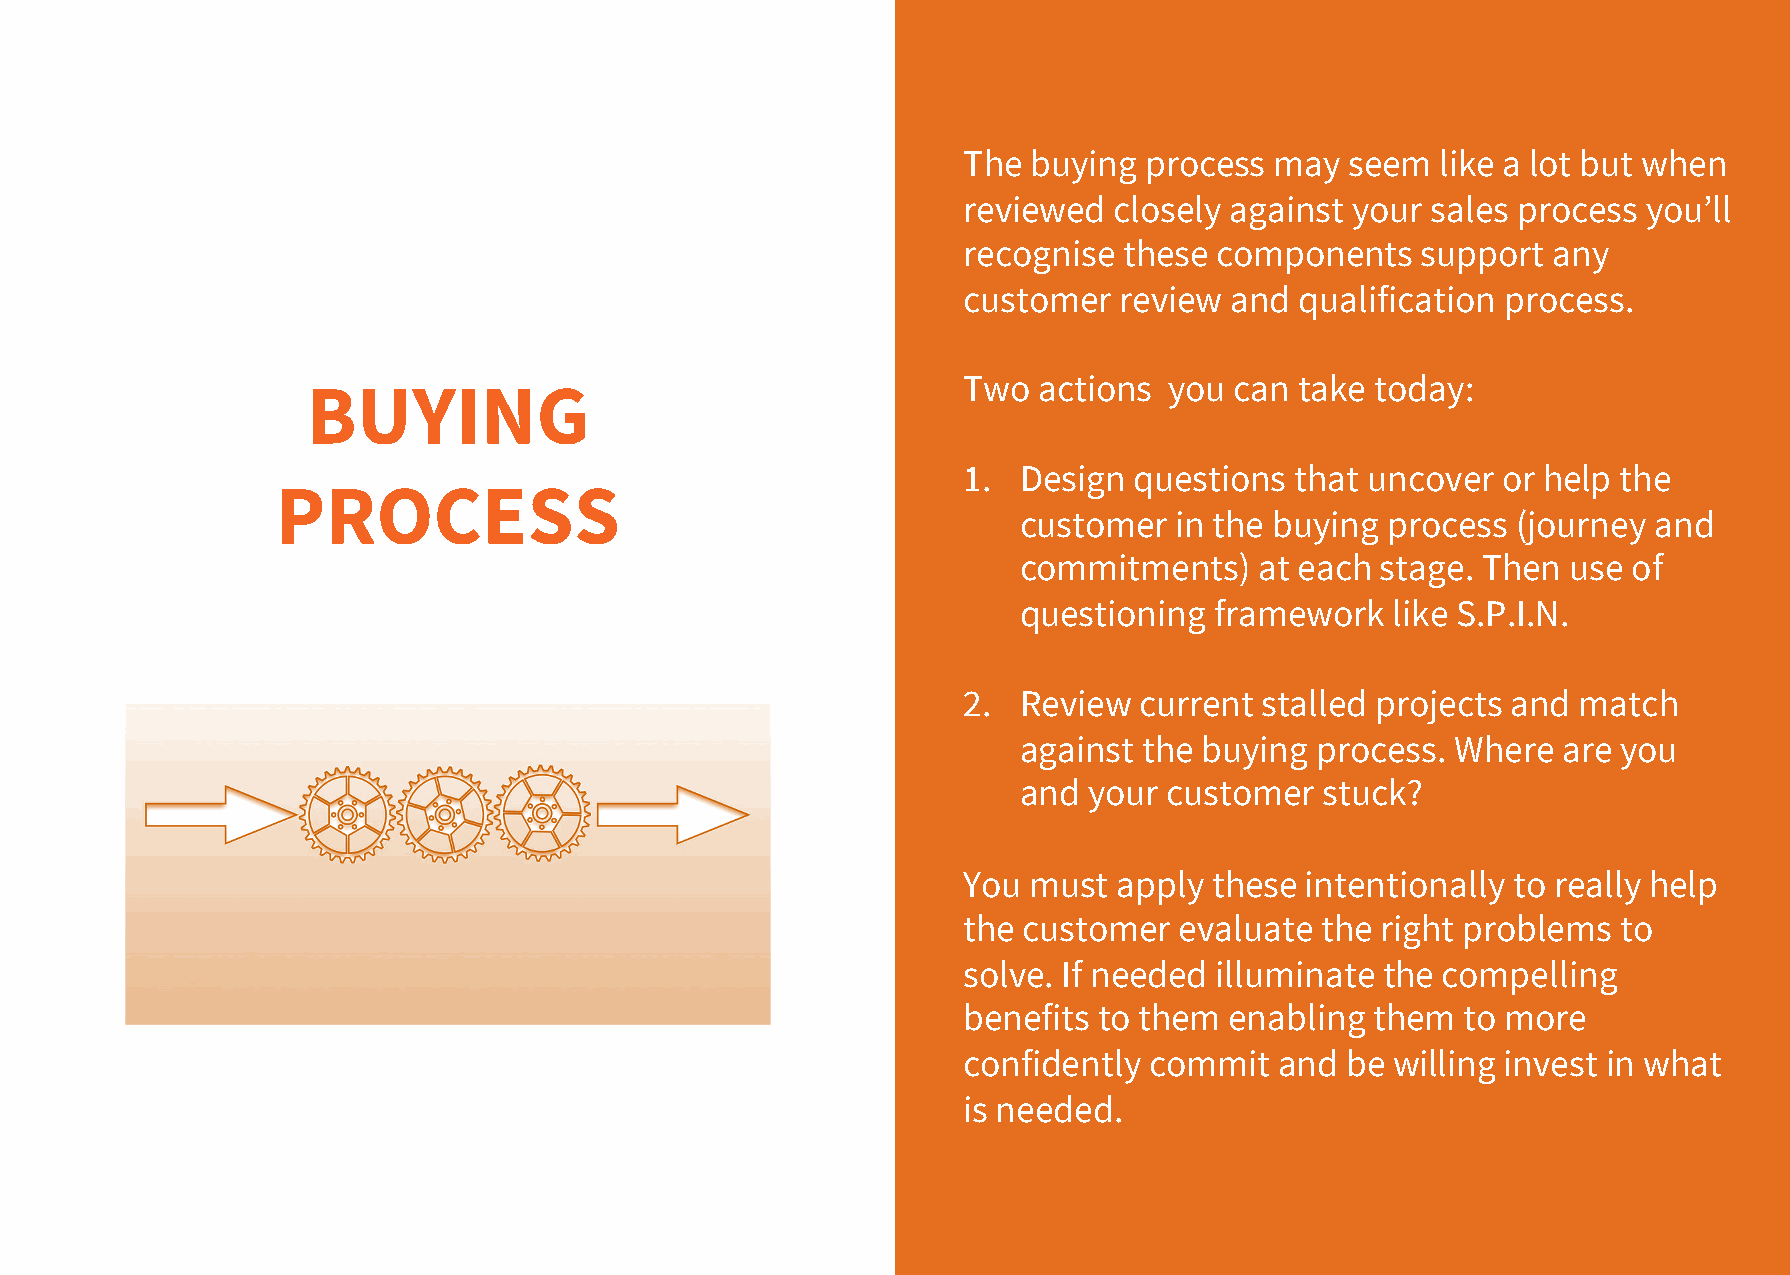
The buying  process may  seem  like a lot but when
 reviewed  closely against your sales process you’ll
 recognise these components    support  any
 customer  review and  qualification process.
 Two  actions you  can take today:
 BUYING
 1. Design  questions  that uncover or help the
 PROCESS
 customer   in the buying process (journey  and
 commitments)    at each stage. Then  use of
 questioning  framework   like S.P.I.N.
 2. Review  current  stalled projects and match
 against  the buying process. Where  are you
 and  your customer   stuck?
 You must  apply these intentionally to really help
 the customer  evaluate the right problems  to
 solve. If needed illuminate the compelling
 benefits to them enabling  them  to more
 confidently commit   and be willing invest in what
 is needed.